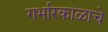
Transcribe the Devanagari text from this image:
गर्भारकाळाचे